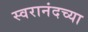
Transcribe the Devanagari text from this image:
स्वरानंदच्या